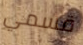
قسمي